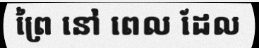
ព្រៃ នៅ ពេល ដែល